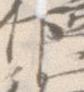
下